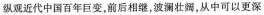
纵观近代中国百年巨变，前后相继，波澜壮离，从中可以更深